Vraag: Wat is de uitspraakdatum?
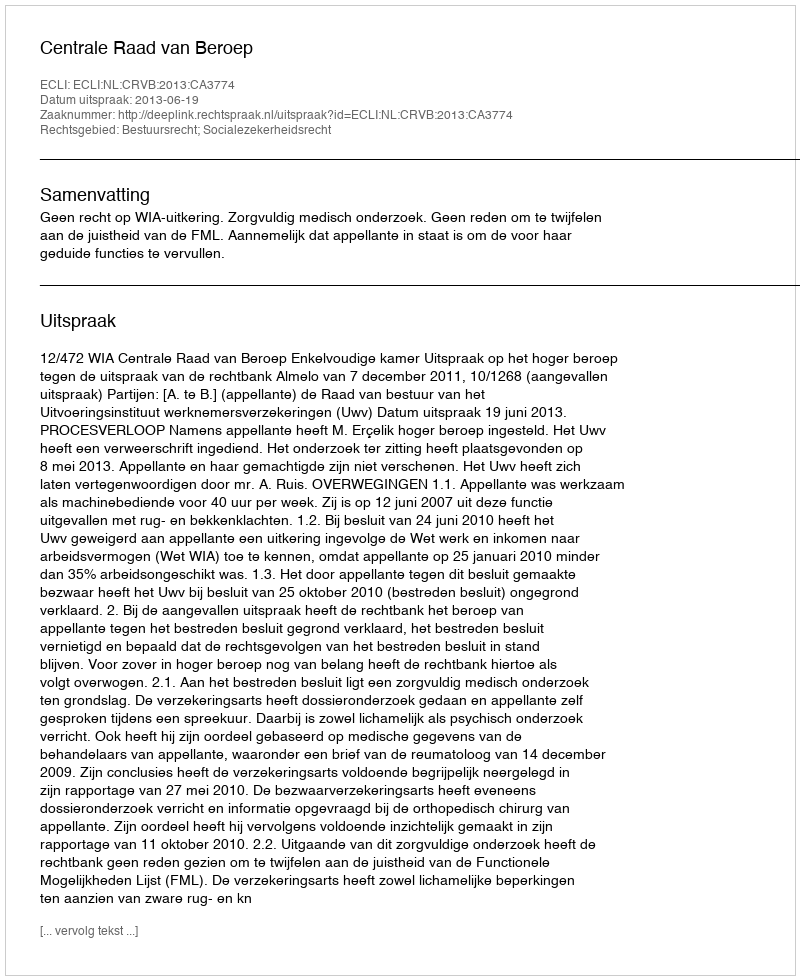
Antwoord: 2013-06-19